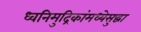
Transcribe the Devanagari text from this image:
ध्वनिमुद्रिकांमध्येसुद्धा